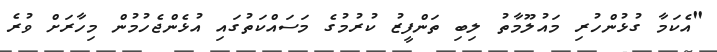
"އެކަމާ ގުޅުންހުރި މައުލޫމާތު ލިބި ތަންފީޒު ކުރުމުގެ މަސައްކަތުގައި އުޅެންޖެހުމުން މިހާރަށް ވުރެ